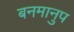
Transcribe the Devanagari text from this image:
बनमानुप